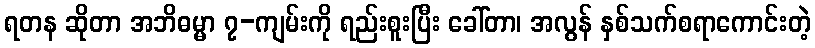
ရတန ဆိုတာ အဘိဓမ္မာ ၇-ကျမ်းကို ရည်းစူးပြီး ခေါ်တာ၊ အလွန် နှစ်သက်စရာကောင်းတဲ့